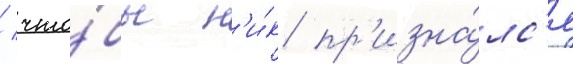
/ что́бы н'и́к пр'изна́лс'я